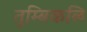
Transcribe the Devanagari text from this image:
तुम्बिकळि